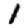
Digit: 1